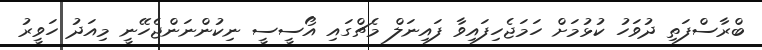
ބްރާސްފަތި ދުވަހު ކުޅުމަށް ހަމަޖެހިފައިވާ ފައިނަލް މެޗްގައި އޯސީސީ ނިކުންނަންޖެހޭނީ މިއަދު ހަވީރު